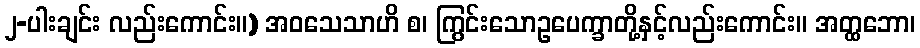
၂-ပါးချင်း လည်းကောင်း။) အဝသေသာဟိ စ၊ ကြွင်းသောဥပေက္ခာတို့နှင့်လည်းကောင်း။ အတ္ထဘော၊